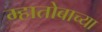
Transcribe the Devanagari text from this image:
म्हातोबाच्या